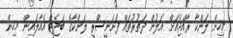
މިހިން ލަންކާ ރާއްޖެއަށް އަލުން ދަތުރުތައް ފަށަނީސްރީ ލަންކާގެ ބަޖެޓް އެއާލައިން މިހިން